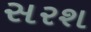
સરશ